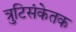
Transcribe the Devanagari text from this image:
त्रुटिसंकेतक